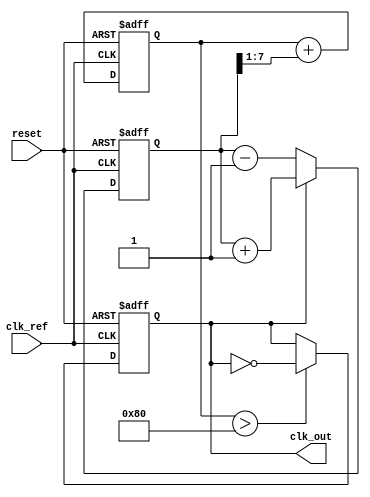
module MemoryBlocksAnalogPLL (
    input wire clk_ref,          // Reference clock input
    input wire reset,            // Reset signal
    output reg clk_out           // Output clock signal
);

// Parameters
parameter PHASE_WIDTH = 8;     // Width of phase information
parameter MEMORY_DEPTH = 16;    // Depth of memory block

// Internal signals
reg [PHASE_WIDTH-1:0] phase_error; // Phase error signal
reg [PHASE_WIDTH-1:0] phase_memory [0:MEMORY_DEPTH-1]; // Memory block for phase information
reg [PHASE_WIDTH-1:0] control_voltage; // Control voltage for VCO
reg [PHASE_WIDTH-1:0] vco_output; // VCO output
reg [3:0] memory_index; // Memory index for storing phase information

// Phase Detector (PD)
always @(posedge clk_ref or posedge reset) begin
    if (reset) begin
        phase_error <= 0;
    end else begin
        // Simple phase comparison logic (for illustration)
        if (clk_out) begin
            phase_error <= phase_error + 1; // Increment phase error
        end else begin
            phase_error <= phase_error - 1; // Decrement phase error
        end
    end
end

// Loop Filter (LF)
always @(posedge clk_ref or posedge reset) begin
    if (reset) begin
        control_voltage <= 0;
    end else begin
        // Simple RC filter emulation (for illustration)
        control_voltage <= control_voltage + (phase_error >> 1); // Low-pass filter
    end
end

// Voltage-Controlled Oscillator (VCO)
always @(posedge clk_ref or posedge reset) begin
    if (reset) begin
        vco_output <= 0;
        clk_out <= 0;
    end else begin
        // Generate output clock based on control voltage
        if (control_voltage > 128) begin
            clk_out <= ~clk_out; // Toggle output clock
        end
    end
end

// Memory Block for storing phase information
always @(posedge clk_ref or posedge reset) begin
    if (reset) begin
        memory_index <= 0;
    end else begin
        // Store phase error in memory
        phase_memory[memory_index] <= phase_error;
        memory_index <= (memory_index + 1) % MEMORY_DEPTH; // Circular buffer
    end
end

endmodule